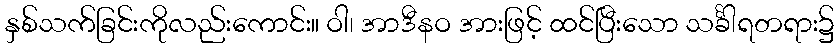
နှစ်သက်ခြင်းကိုလည်းကောင်း။ ဝါ၊ အာဒီနဝ အားဖြင့် ထင်ပြီးသော သင်္ခါရတရား၌